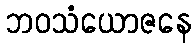
ဘဝသံယောဇနေ